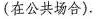
(在公共场合).